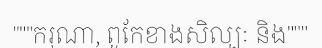
"""ករុណា, ពូកែខាងសិល្បៈ និង"""